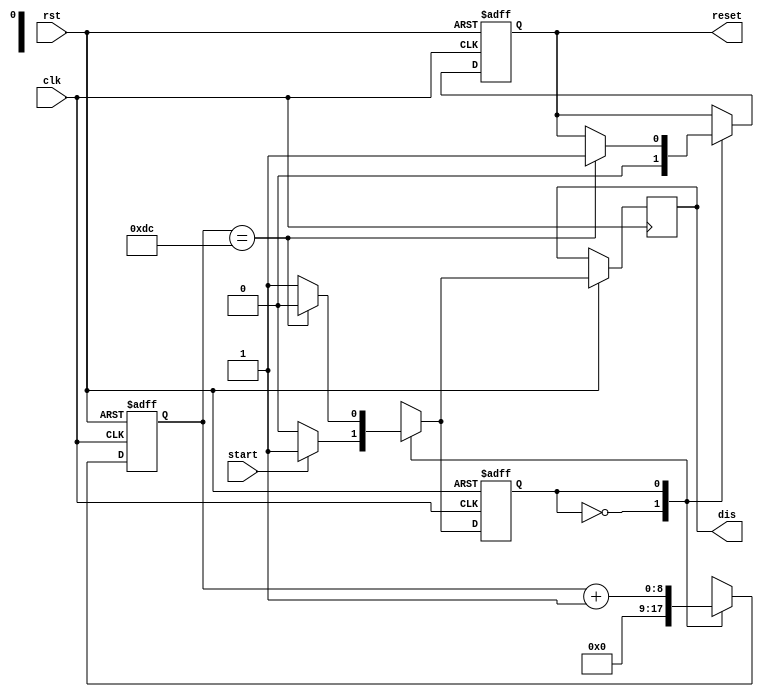
module timer(
   input start, clk, rst,
   output reg reset,
   output reg dis);

   reg state;
   reg [8:0] CNT;
   
   parameter IDLE = 1'b0, COUNT = 1'b1, LIMIT = 8'd220;
   
   wire timeup;

   assign timeup = (CNT == LIMIT);

   // Sequential part
   always @(posedge clk or negedge rst) begin
     if (!rst) begin
       state <= IDLE;
       reset <= 1'b0;
       CNT <= 0;
     end else begin
       case(state)
         IDLE:
           begin
             CNT <= 0;
	     reset <= 1'b0;
             if (start)begin
	       dis <= 1'b1;
               state <= COUNT; end
             else begin
	       dis <= 1'b0;
               state <= IDLE;end
           end
         COUNT:
           begin
             CNT <= CNT + 1;
             if (timeup)begin
	       dis <= 1'b0;
	       reset <= 1'b1;
               state <= IDLE;end
             else begin
	       dis <= 1'b1;	
               state <= COUNT; end
           end
         default:
           begin
             CNT <= CNT;
             state <= IDLE;
           end
       endcase // case (state)
     end
   end

endmodule // timerTest